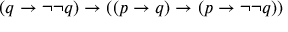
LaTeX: ( q \to \neg \neg q ) \to ( ( p \to q ) \to ( p \to \neg \neg q ) )